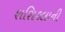
શશિકલાની